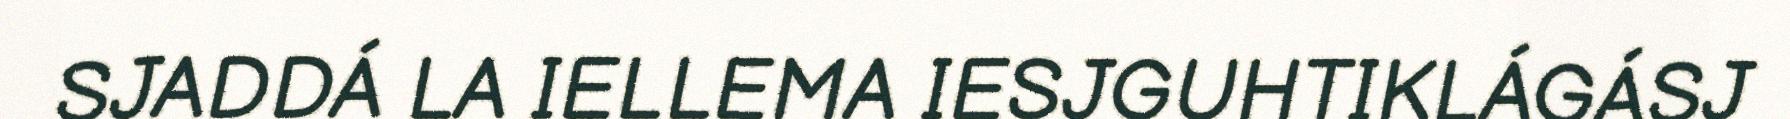
SJADDÁ LA IELLEMA IESJGUHTIKLÁGÁSJ